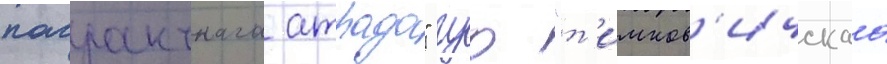
пагранчнага атрада" гуо "т'имков'ичскаа